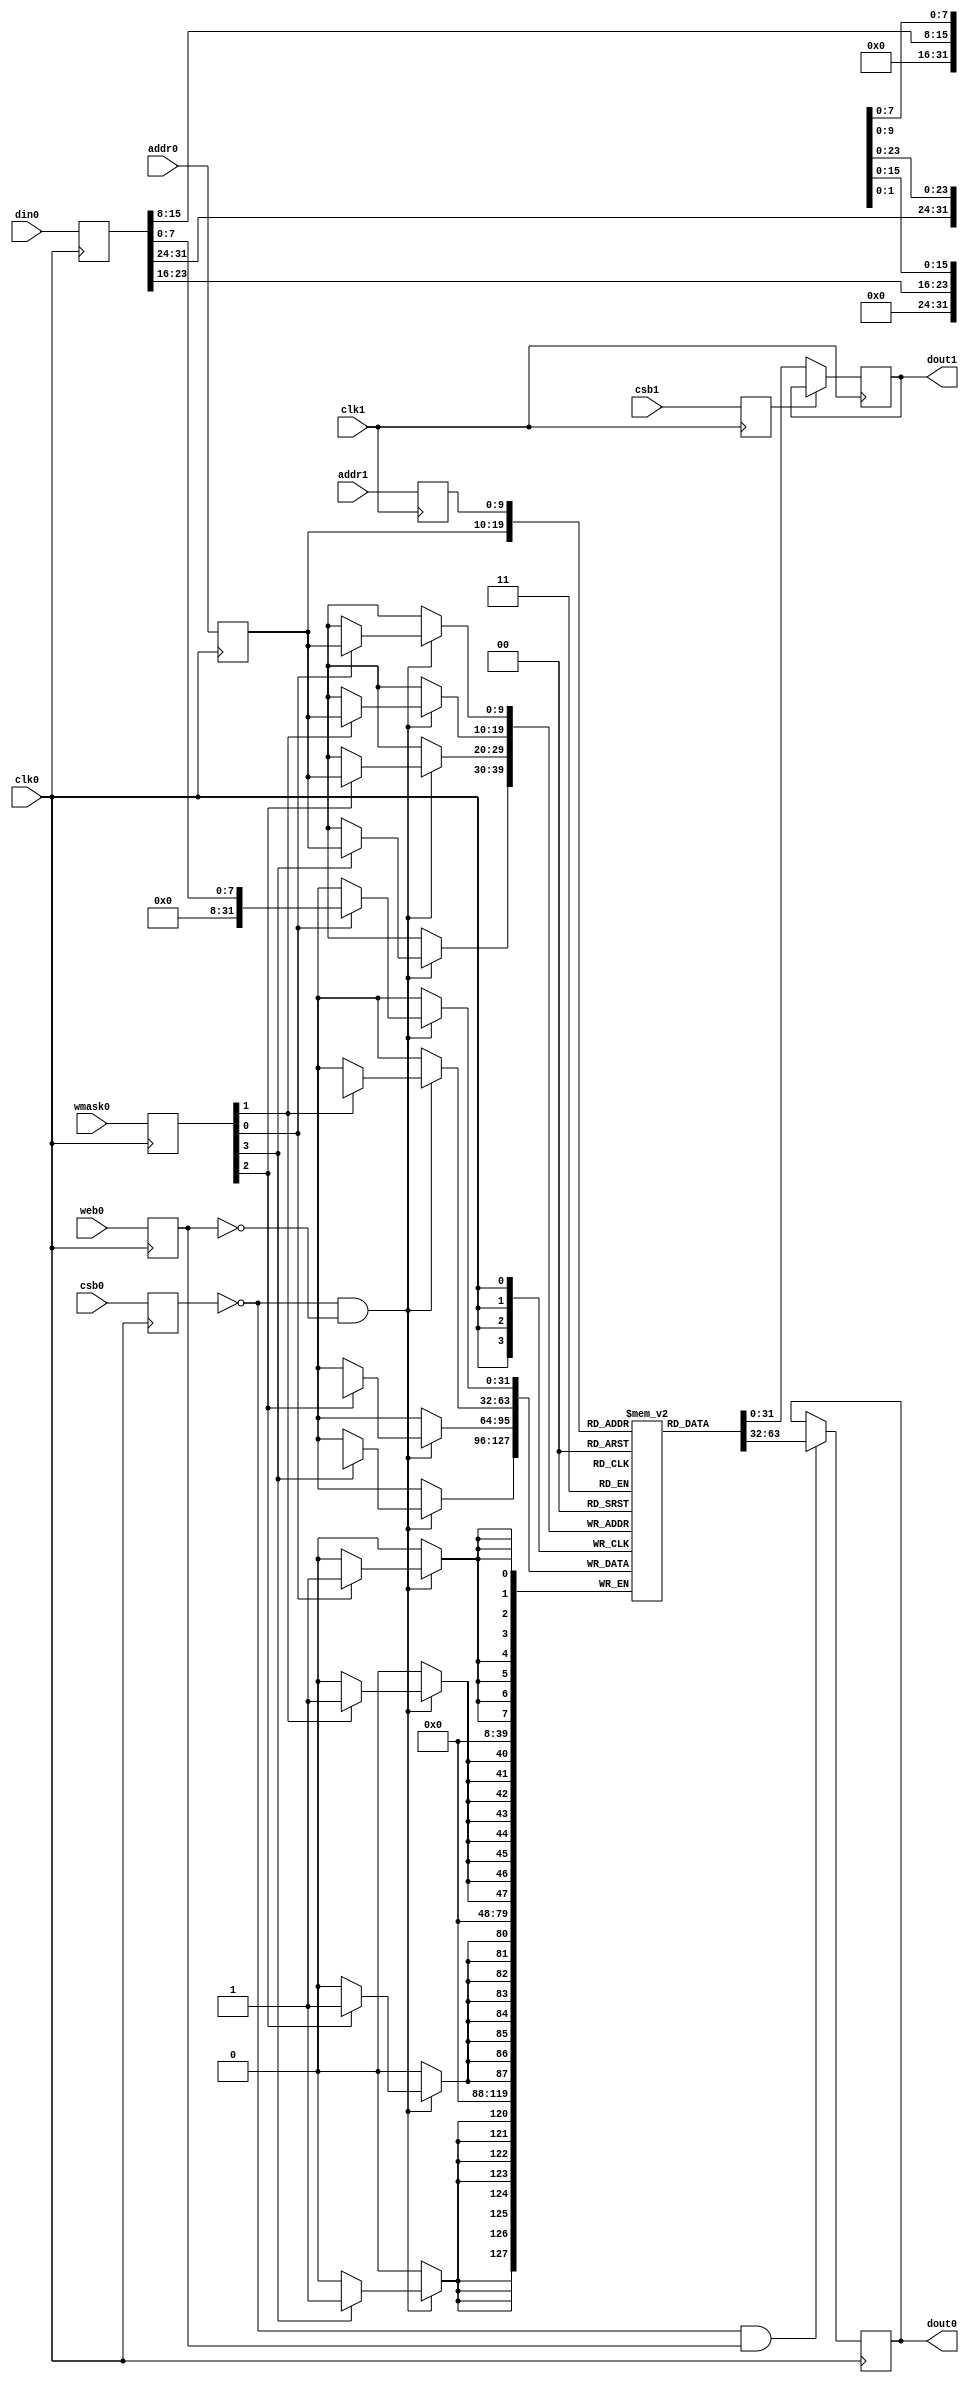
// SPDX-FileCopyrightText: 2020 fabless Corporation
//
// Licensed under the Apache License, Version 2.0 (the "License");
// you may not use this file except in compliance with the License.
// You may obtain a copy of the License at
//
//      http://www.apache.org/licenses/LICENSE-2.0
//
// Unless required by applicable law or agreed to in writing, software
// distributed under the License is distributed on an "AS IS" BASIS,
// WITHOUT WARRANTIES OR CONDITIONS OF ANY KIND, either express or implied.
// See the License for the specific language governing permissions and
// limitations under the License.
// SPDX-License-Identifier: Apache-2.0

//`default_nettype none
// OpenRAM SRAM model
// Words: 256
// Word size: 32
// Write size: 8

module sram #(
  parameter NUM_WMASKS = 4,
  parameter DATA_WIDTH = 32,
  parameter ADDR_WIDTH = 10,
  parameter RAM_DEPTH = 1 << ADDR_WIDTH,
  // FIXME: This delay is arbitrary.
  parameter DELAY = 3,
  parameter IZERO   = 0 , // binary / Initial RAM with zeros (has priority over INITFILE)
  parameter IFILE   = "" 
)
(
/*`ifdef USE_POWER_PINS
	vdd,
	gnd,
`endif */
// Port 0: RW
    clk0,csb0,web0,wmask0,addr0,din0,dout0,
// Port 1: R
    clk1,csb1,addr1,dout1
  );


/*`ifdef USE_POWER_PINS
  inout vdd;
  inout gnd;
`endif
  */
  input  clk0; // clock
  input   csb0; // active low chip select
  input  web0; // active low write control
  input [NUM_WMASKS-1:0]   wmask0; // write mask
  input [ADDR_WIDTH-1:0]  addr0;
  input [DATA_WIDTH-1:0]  din0;
  output [DATA_WIDTH-1:0] dout0;
  input  clk1; // clock
  input   csb1; // active low chip select
  input [ADDR_WIDTH-1:0]  addr1;
  output [DATA_WIDTH-1:0] dout1;

  reg  csb0_reg;
  reg  web0_reg;
  reg [NUM_WMASKS-1:0]   wmask0_reg;
  reg [ADDR_WIDTH-1:0]  addr0_reg;
  reg [DATA_WIDTH-1:0]  din0_reg;
  reg [DATA_WIDTH-1:0]  dout0;

  // All inputs are registers
  always @(posedge clk0)
  begin
    csb0_reg = csb0;
    web0_reg = web0;
    wmask0_reg = wmask0;
    addr0_reg = addr0;
    din0_reg = din0;
    //dout0 = 32'bx0;
/*`ifdef DBG
    if ( !csb0_reg && web0_reg ) 
      $display($time," Reading %m addr0=%b dout0=%b",addr0_reg,mem[addr0_reg]);
    if ( !csb0_reg && !web0_reg )
      $display($time," Writing %m addr0=%b din0=%b wmask0=%b",addr0_reg,din0_reg,wmask0_reg);
`endif 
*/   end

  reg  csb1_reg;
  reg [ADDR_WIDTH-1:0]  addr1_reg;
  reg [DATA_WIDTH-1:0]  dout1;

  // All inputs are registers
  always @(posedge clk1)
  begin
    csb1_reg = csb1;
    addr1_reg = addr1;
//`ifdef DBG
//    if (!csb0 && !web0 && !csb1 && (addr0 == addr1))
//         $display($time," WARNING: Writing and reading addr0=%b and addr1=%b simultaneously!",addr0,addr1);
//    dout1 = 32'bx;
//    if ( !csb1_reg ) 
//      $display($time," Reading %m addr1=%b dout1=%b",addr1_reg,mem[addr1_reg]);
//`endif  
   end
integer i;
reg [DATA_WIDTH-1:0]    mem [0:RAM_DEPTH-1];
initial
    if (IZERO)
      for (i=0; i<RAM_DEPTH; i=i+1) mem[i] = {DATA_WIDTH{1'b0}};
    else
      if (IFILE != "") $readmemh({IFILE,".hex"}, mem);

  // Memory Write Block Port 0
  // Write Operation : When web0 = 0, csb0 = 0
  always @ (negedge clk0)
  begin : MEM_WRITE0
    if ( !csb0_reg && !web0_reg ) begin
        if (wmask0_reg[0])
                mem[addr0_reg][7:0] = din0_reg[7:0];
        if (wmask0_reg[1])
                mem[addr0_reg][15:8] = din0_reg[15:8];
        if (wmask0_reg[2])
                mem[addr0_reg][23:16] = din0_reg[23:16];
        if (wmask0_reg[3])
                mem[addr0_reg][31:24] = din0_reg[31:24];
    end
  end

  // Memory Read Block Port 0
  // Read Operation : When web0 = 1, csb0 = 0
  always @ (negedge clk0)
  begin : MEM_READ0
    if (!csb0_reg && web0_reg)
       dout0 <= #(DELAY) mem[addr0_reg];
  end

  // Memory Read Block Port 1
  // Read Operation : When web1 = 1, csb1 = 0/ 
 always @ (negedge clk1)
  begin : MEM_READ1
   if (!csb1_reg)
       dout1 <= #(DELAY) mem[addr1_reg];
  end

endmodule
//`default_nettype wire